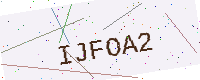
Text: IJFOA2